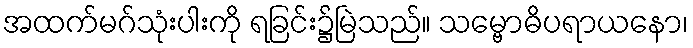
အထက်မဂ်သုံးပါးကို ရခြင်း၌မြဲသည်။ သမ္ဗောဓိပရာယနော၊